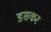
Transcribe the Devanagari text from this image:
डसकर